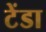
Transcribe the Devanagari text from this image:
टेंडा